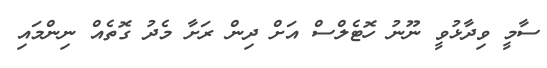
ސާމީ ވިދާޅުވީ ނޫނު ހޮޓެލްސް އަށް ދިން ރަށާ މެދު ގޮތެއް ނިންމައި